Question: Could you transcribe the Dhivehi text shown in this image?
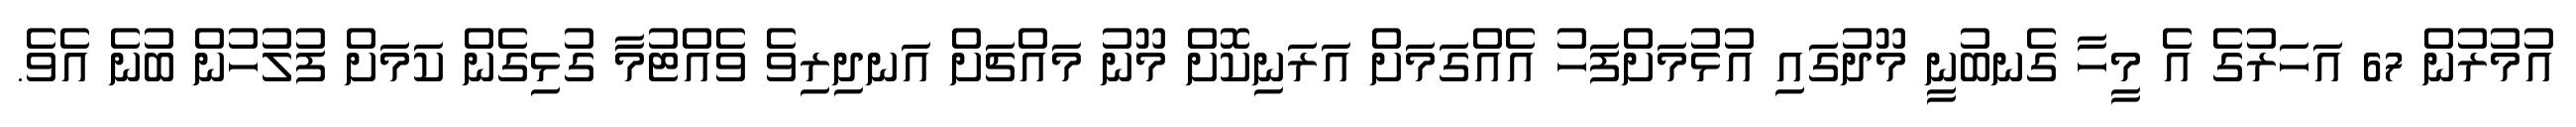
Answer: އުމުރުން 67 އަހަރުގެ އެ މީހާ ގެނބުނީ މޫދުގައި އުޅުމަށްފަހު އެއްގަމަށް އަރަނިކޮށް މޫނު މައްޗަށް އަނދިރިވެ ވެއްޓުމާ ގުޅިގެން ކަމަށް ފުލުހުން ބުނެ އެވެ.